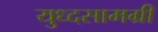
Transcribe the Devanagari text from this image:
युध्दसामग्री